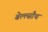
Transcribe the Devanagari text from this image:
बेल्ल्सौथ